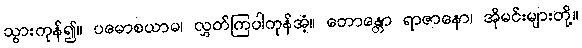
သွားကုန်၍။ ပမောစယာမ၊ လွှတ်ကြပါကုန်အံ့။ ဘောန္တော ရာဇာနော၊ အိုမင်းများတို့။